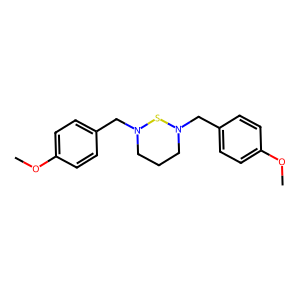
SMILES: COc1ccc(CN2CCCN(Cc3ccc(OC)cc3)S2)cc1
Inhibits HIV replication: No